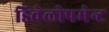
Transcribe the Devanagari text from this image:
डिवेलोपमेन्ट